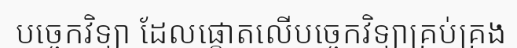
បច្ចេកវិទ្យា ដែលផ្តោតលើបច្ចេកវិទ្យាគ្រប់គ្រង